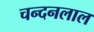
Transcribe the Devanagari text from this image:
चन्दनलाल